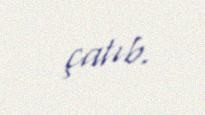
çatıb.